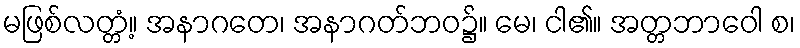
မဖြစ်လတ္တံ့။ အနာဂတေ၊ အနာဂတ်ဘဝ၌။ မေ၊ ငါ၏။ အတ္တဘာဝေါ စ၊